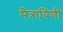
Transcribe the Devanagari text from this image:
मैत्रायिणी